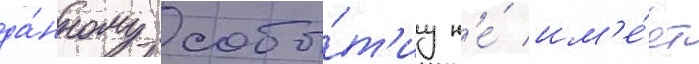
да́нному собы́т'иу н'е́ им'е́ет